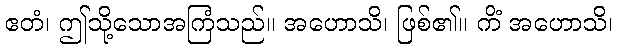
ဧတံ၊ ဤသို့သောအကြံသည်။ အဟောသိ၊ ဖြစ်၏။ ကိံ အဟောသိ၊